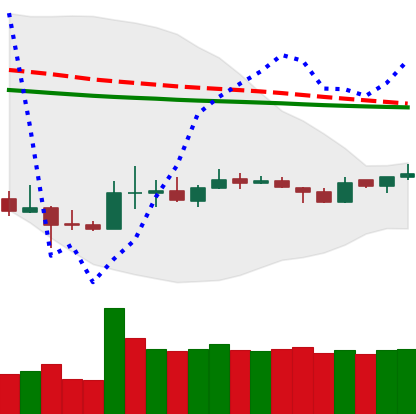
Ticker: DOGE-USD
Chart end date: 2020-04-02
Forward return: 6.11%
Label: up_5_7